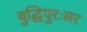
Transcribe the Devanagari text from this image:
बुद्धिपुरःसर